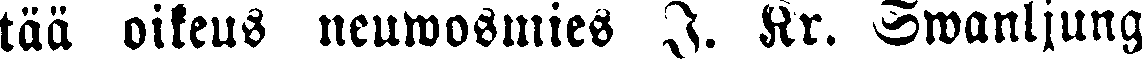
tää oikeus neuwosmies J. Kr. Swanljung